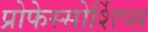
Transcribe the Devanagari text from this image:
प्रोफेस्सोर्शिप्स